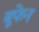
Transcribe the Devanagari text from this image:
बूफेन